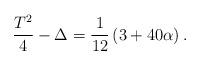
LaTeX: \begin{align*}\dfrac{T^2}{4} - \Delta = \dfrac{1}{12}\left( 3 + 40 \alpha \right).\end{align*}